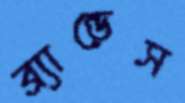
ব্র্যান্ডেস